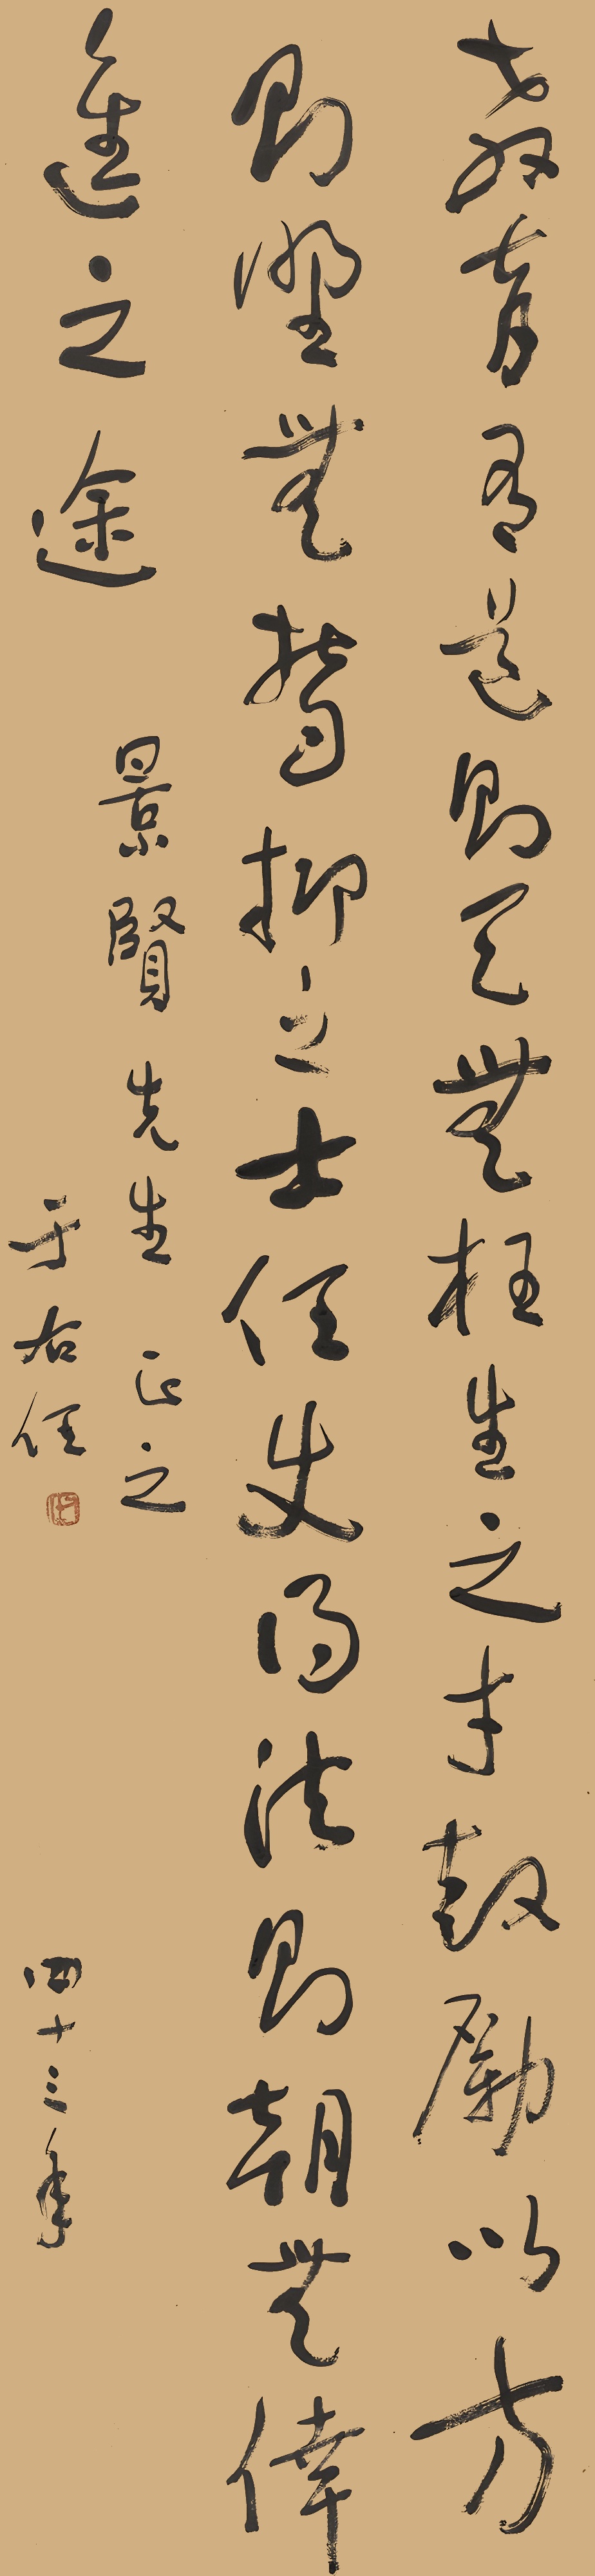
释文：教育有道，则天无枉生之才，鼓励以方，则野无梦抑之事士。任吏得法，则无幸进之途。景贤先生正之，于右任。四十三年。